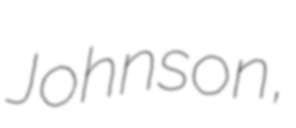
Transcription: Johnson,